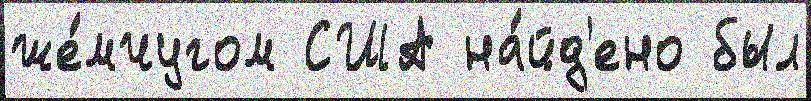
же́мчугом США на́йд'ено был